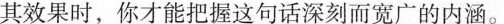
其效果时，你才能把握这句话深刻而宽广的内涵。。